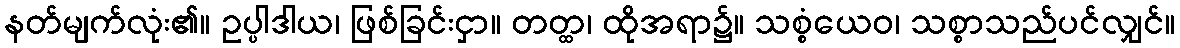
နတ်မျက်လုံး၏။ ဥပ္ပါဒါယ၊ ဖြစ်ခြင်းငှာ။ တတ္ထ၊ ထိုအရာ၌။ သစ္စံယေဝ၊ သစ္စာသည်ပင်လျှင်။